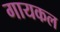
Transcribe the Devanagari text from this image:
गायकल